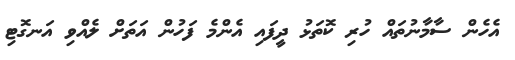
އެހެން ސާމާނުތައް ހުރި ކޮތަޅު ދީފައި އެންމެ ފަހުން އަތަށް ލެއްވި އަނގޮޓި